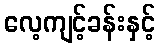
လေ့ကျင့်ခန်းနှင့်